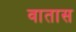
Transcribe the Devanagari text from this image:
वातास